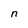
Character: n